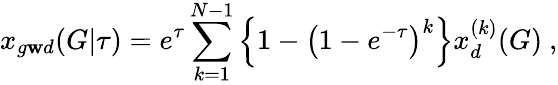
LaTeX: x_{g\mathbf{w}d}(G|\tau)=e^{\tau}\sum_{k=1}^{N-1}\Big\{ 1-\big(1-e^{-\tau}\big)^{k}\Big\} x_{d}^{(k)}(G)\ ,